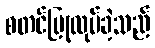
စတင်ပြုလုပ်ခဲ့သည်